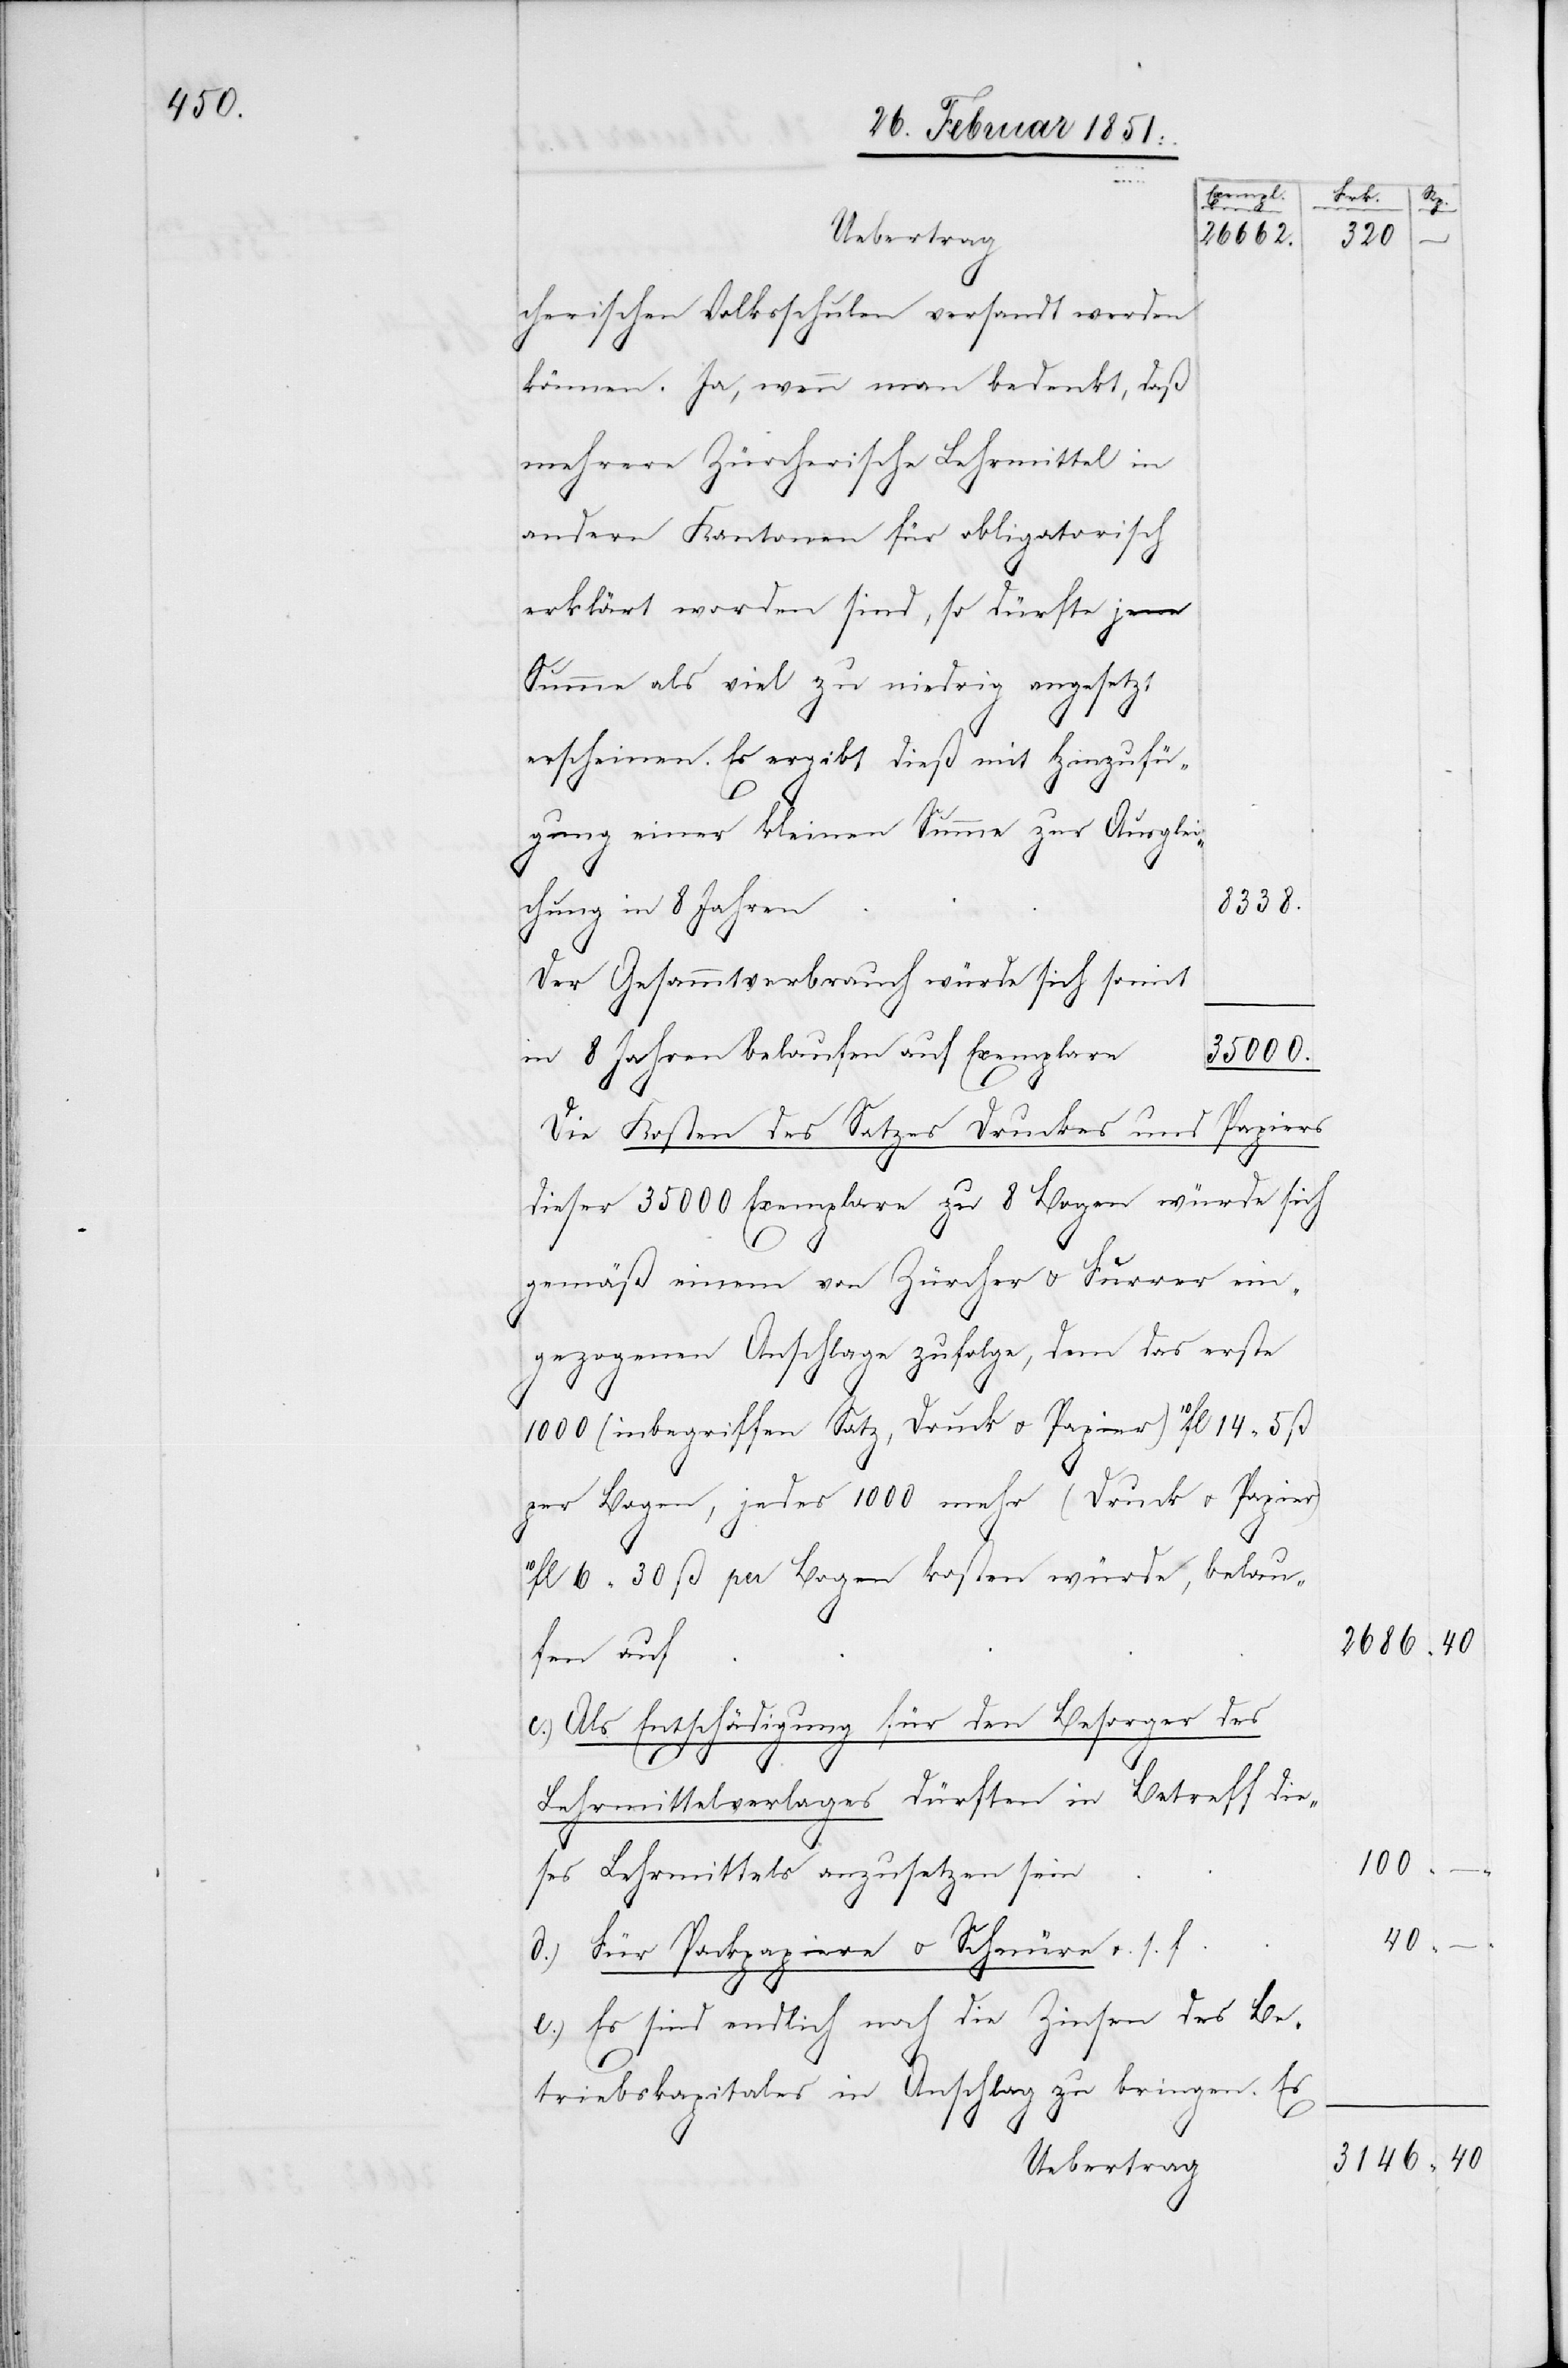
Exempl.
Uebertrag
26662.
cherischen Volksschulen versandt werden
können. Ja, wenn man bedenkt, daß
mehrere Zürcherische Lehrmittel in
andern Kantonen für obligatorisch
erklärt worden sind, so dürfte jene
Summe als viel zu niedrig angesetzt
erscheinen. Es ergibt dieß mit Hinzufü¬
gung einer kleinen Summe zur Ausglei¬
8338.
chung in 8 Jahren
Der Gesammtverbrauch würde sich somit
in 8 Jahren belaufen auf Exemplare
35000.
Die Kosten des Satzes[,] Druckes und Papiers
dieser 35000 Exemplare zu 8 Bogen würde sich
gemäß einem von Zürcher u. Furrer ein¬
gezogenen Anschlage zufolge, dem das erste
1000 (inbegriffen Satz, Druck u. Papier) 10fl 14 5 ß
per Bogen, jedes 1000 mehr (Druck u. Papier)
10fl 6 30 ß per Bogen kosten würde, belau¬
fen auf
Als Entschädigung für den Besorger des
Lehrmittelverlages dürften in Betreff die¬
ses Lehrmittels anzusetzen sein
Für Packpapiere u. Schnüre u. s. f.
–
Es sind endlich noch die Zinsen des Be¬
triebskapitales in Anschlag zu bringen. Es
Uebertrag

Frk.
320

2686
100
d.)
3146

Rp.

40

40